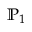
\mathbb { P } _ { 1 }